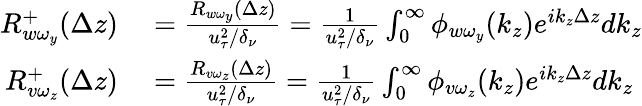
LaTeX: \begin{array}{rl}{R_{w\omega_{y}}^{+}(\Delta z)}&{{}=\frac{R_{w\omega_{y}}(\Delta z)}{u_{\tau}^{2}/\delta_{\nu}}=\frac{1}{u_{\tau}^{2}/\delta_{\nu}}\int_{0}^{\infty}\phi_{w\omega_{y}}(k_{z})e^{ik_{z}\Delta z}dk_{z}}\\ {R_{v\omega_{z}}^{+}(\Delta z)}&{{}=\frac{R_{v\omega_{z}}(\Delta z)}{u_{\tau}^{2}/\delta_{\nu}}=\frac{1}{u_{\tau}^{2}/\delta_{\nu}}\int_{0}^{\infty}\phi_{v\omega_{z}}(k_{z})e^{ik_{z}\Delta z}dk_{z}}\end{array}